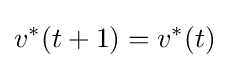
v^{*}(t+1)=v^{*}(t)